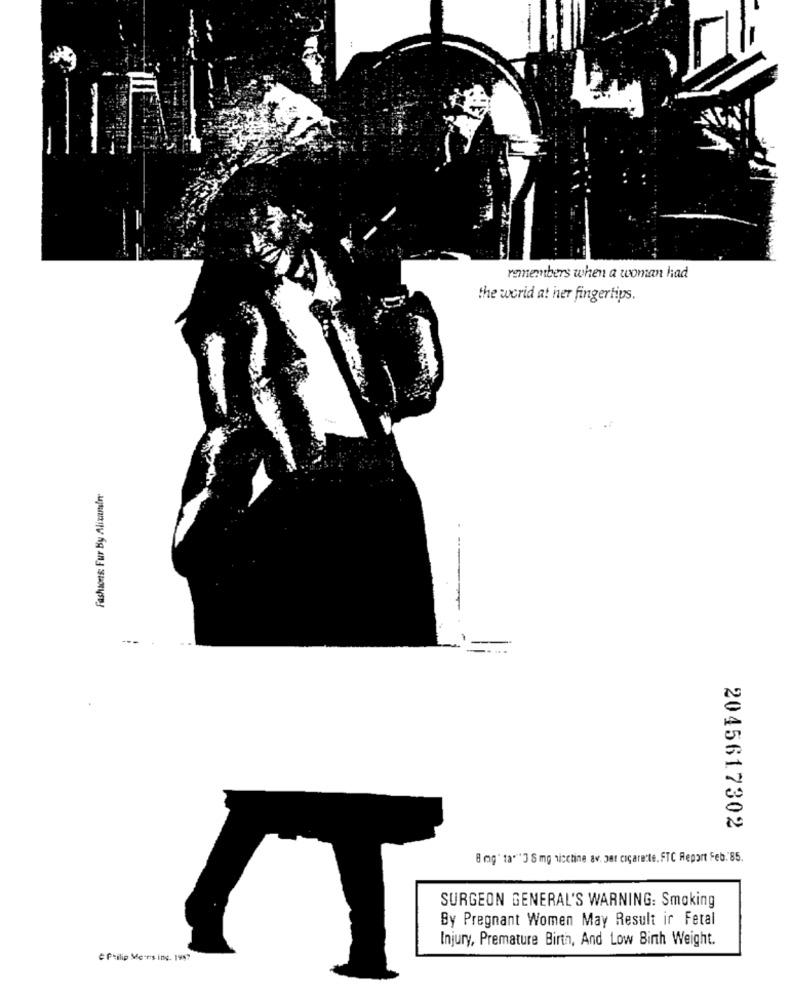
remembers when a woman had
the world at her fingertips.
Fashions: Fur By Alizmin
2045617302
8 mg' ta""" S mg vicchine av. Det cigarette. FTC Report Feb. 85.
SURGEON GENERAL'S WARNING: Smoking
By Pregnant Women May Result ir Fetal
Injury, Premature Birth, And Low Birth Weight.
e Philip Ments ing. 1987